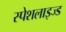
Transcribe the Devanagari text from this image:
स्पेशलाइज्ड